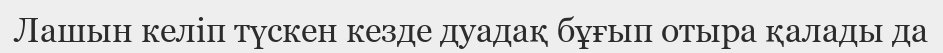
Лашын келіп түскен кезде дуадақ бұғып отыра қалады да